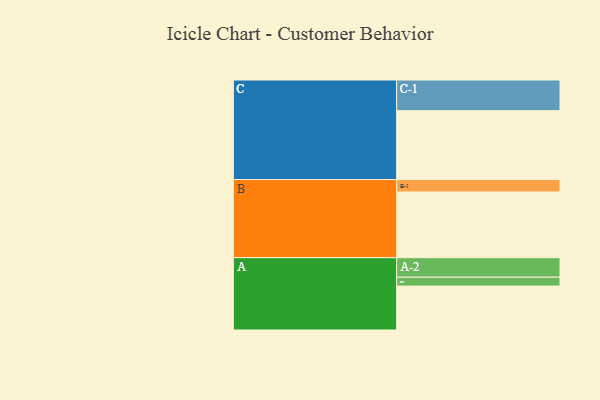
{"axis": {"x": "Segment", "y": "Value"}, "legend": ["", "A", "B", "C"], "data": [{"x": "A", "y": 371, "type": ""}, {"x": "B", "y": 555, "type": ""}, {"x": "C", "y": 582, "type": ""}, {"x": "A-1", "y": 75, "type": "A"}, {"x": "A-2", "y": 165, "type": "A"}, {"x": "B-1", "y": 105, "type": "B"}, {"x": "C-1", "y": 259, "type": "C"}]}